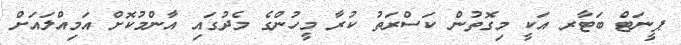
ޕީނަޓް ބަޓާރ އަކީ މިގޮތުން ކަސްރަތު ކުރާ މީހުންގެ މެދުގައި އާންމުކޮށް އަމިއްލައަށް